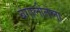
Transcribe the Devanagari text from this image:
बंगालीतला